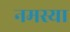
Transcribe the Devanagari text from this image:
नमस्या